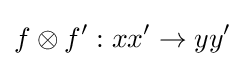
f\otimes f':xx'\to yy'